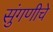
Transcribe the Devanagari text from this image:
सुंगणीचे